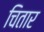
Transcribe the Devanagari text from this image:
चितार